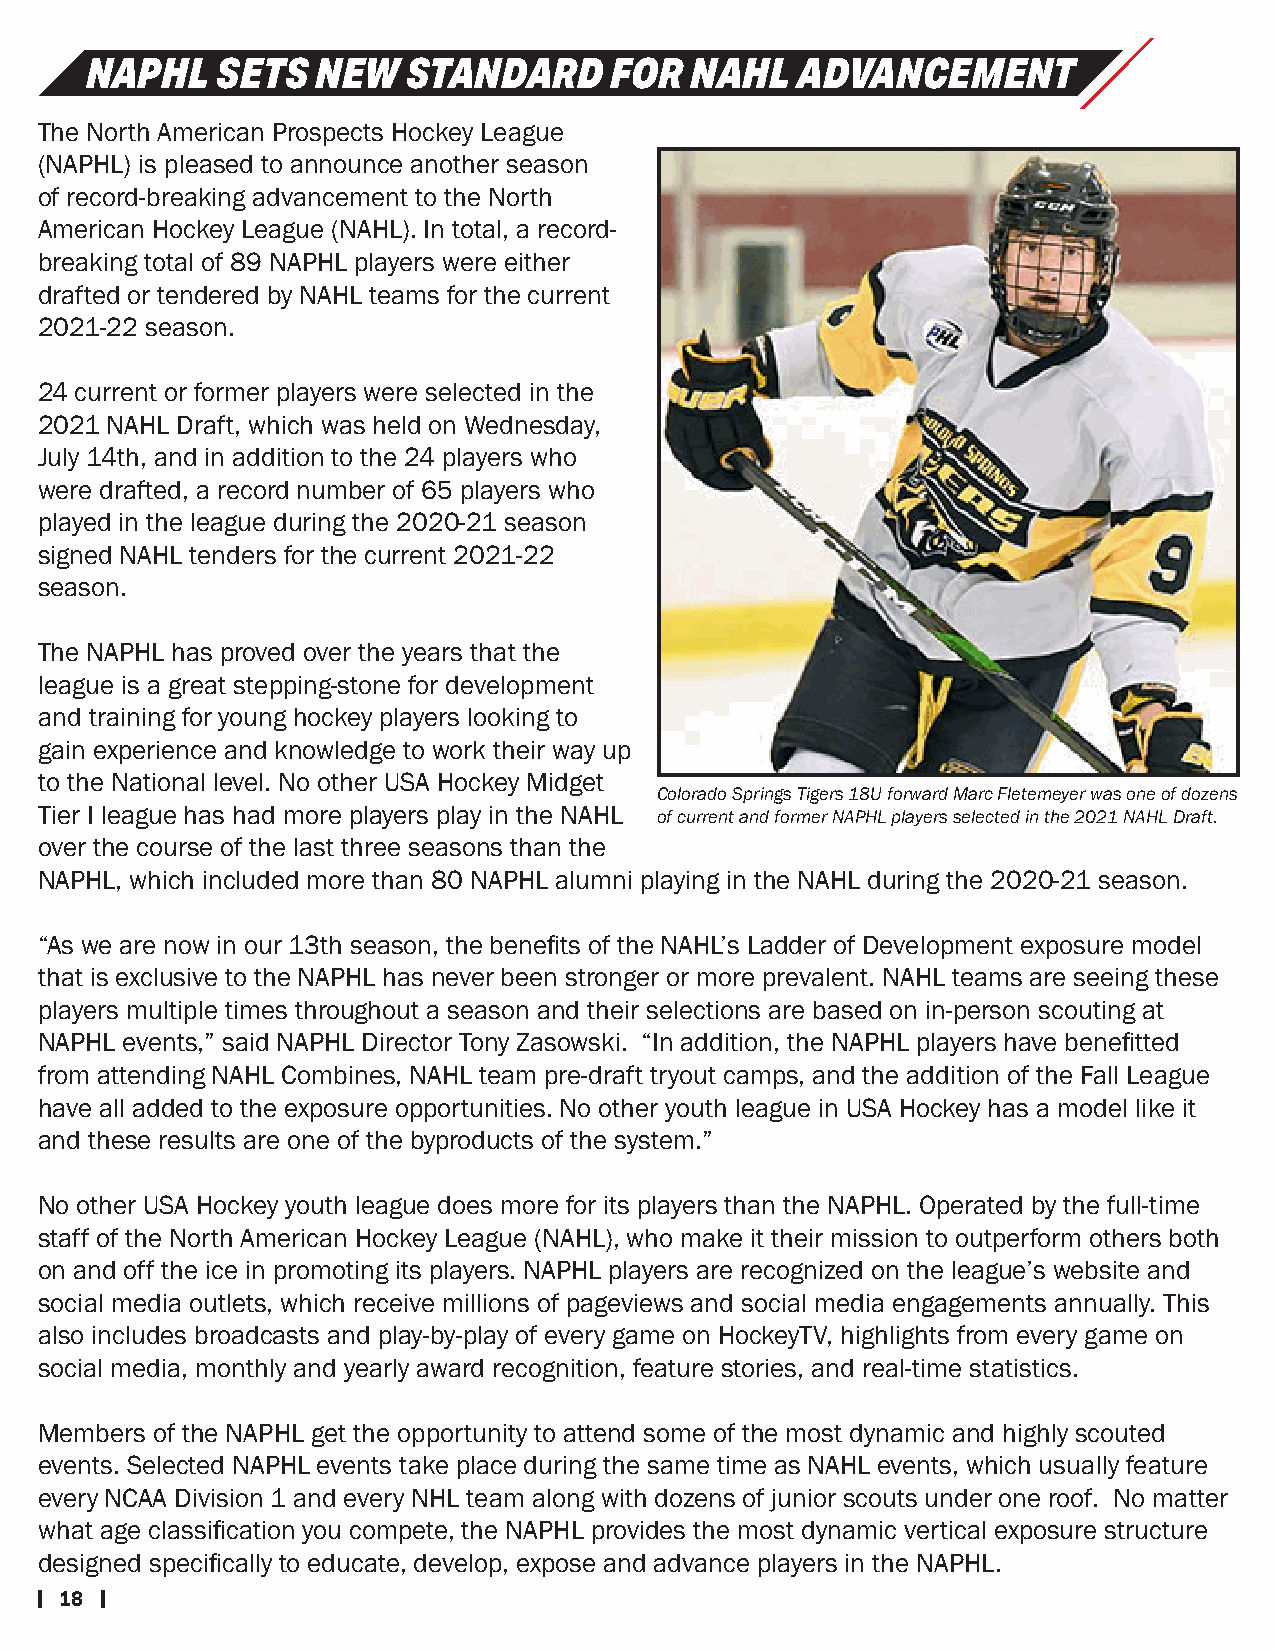
NAPHL   SETS   NEW   STANDARD     FOR   NAHL   ADVANCEMENT
 The North American Prospects Hockey League
 (NAPHL) is pleased to announce another season
 of record-breaking advancement to the North
 American Hockey League (NAHL). In total, a record-
 breaking total of 89 NAPHL players were either
 drafted or tendered by NAHL teams for the current
 2021-22 season.
 24 current or former players were selected in the
 2021 NAHL Draft, which was held on Wednesday,
 July 14th, and in addition to the 24 players who
 were drafted, a record number of 65 players who
 played in the league during the 2020-21 season
 signed NAHL tenders for the current 2021-22
 season.
 The NAPHL has proved over the years that the
 league is a great stepping-stone for development
 and training for young hockey players looking to
 gain experience and knowledge to work their way up
 to the National level. No other USA Hockey Midget
 Colorado Springs Tigers 18U forward Marc Fletemeyer was one of dozens
 Tier I league has had more players play in the NAHL of current and former NAPHL players selected in the 2021 NAHL Draft.
 over the course of the last three seasons than the
 NAPHL, which included more than 80 NAPHL alumni playing in the NAHL during the 2020-21 season.
 “As we are now in our 13th season, the benefits of the NAHL’s Ladder of Development exposure model
 that is exclusive to the NAPHL has never been stronger or more prevalent. NAHL teams are seeing these
 players multiple times throughout a season and their selections are based on in-person scouting at
 NAPHL events,” said NAPHL Director Tony Zasowski. “In addition, the NAPHL players have benefitted
 from attending NAHL Combines, NAHL team pre-draft tryout camps, and the addition of the Fall League
 have all added to the exposure opportunities. No other youth league in USA Hockey has a model like it
 and these results are one of the byproducts of the system.”
 No other USA Hockey youth league does more for its players than the NAPHL. Operated by the full-time
 staff of the North American Hockey League (NAHL), who make it their mission to outperform others both
 on and off the ice in promoting its players. NAPHL players are recognized on the league’s website and
 social media outlets, which receive millions of pageviews and social media engagements annually. This
 also includes broadcasts and play-by-play of every game on HockeyTV, highlights from every game on
 social media, monthly and yearly award recognition, feature stories, and real-time statistics.
 Members of the NAPHL get the opportunity to attend some of the most dynamic and highly scouted
 events. Selected NAPHL events take place during the same time as NAHL events, which usually feature
 every NCAA Division 1 and every NHL team along with dozens of junior scouts under one roof. No matter
 what age classification you compete, the NAPHL provides the most dynamic vertical exposure structure
 designed specifically to educate, develop, expose and advance players in the NAPHL.
 18